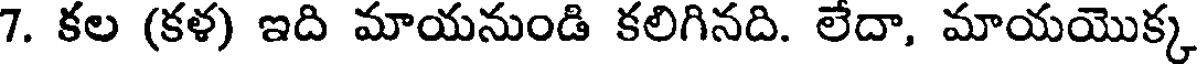
7. కల (కళ) ఇది మాయనుండి కలిగినది. లేదా, మాయయొక్క